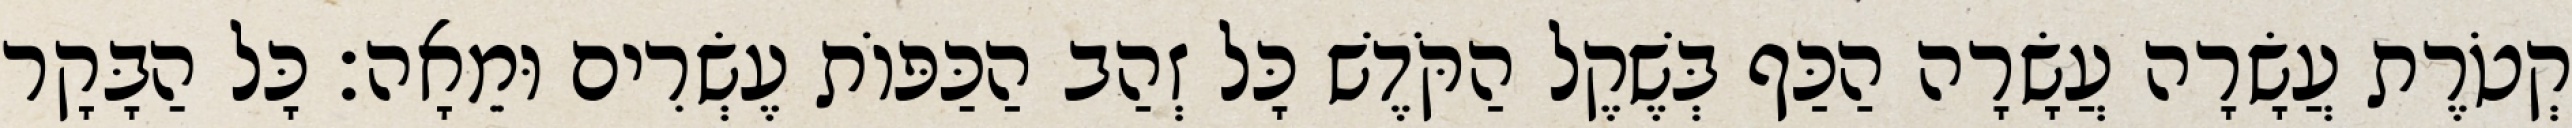
קְטֹרֶת עֲשָׂרָה עֲשָׂרָה הַכַּף בְּשֶׁקֶל הַקֹּדֶשׁ כָּל זְהַב הַכַּפּוֹת עֶשְׂרִים וּמֵאָה׃ כָּל הַבָּקָר